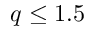
q \leq 1 . 5